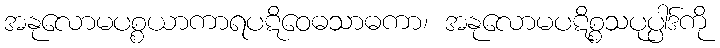
အနုလောမပစ္စယာကာရပဋိဝေဓသာဓကာ၊ အနုလောမပဋိစ္စသပုပ္ပါဒ်ကို